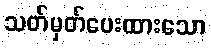
သတ်မှတ်ပေးထားသော